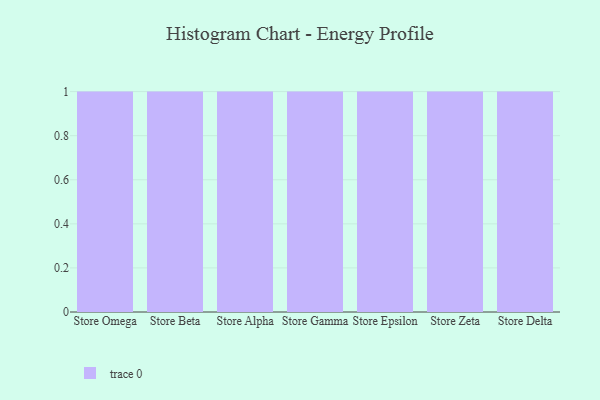
{"axis": {"x": "Store", "y": "Tickets Resolved"}, "legend": [""], "data": [{"x": "Store Omega", "y": 18, "type": ""}, {"x": "Store Beta", "y": 75, "type": ""}, {"x": "Store Alpha", "y": 29, "type": ""}, {"x": "Store Gamma", "y": 49, "type": ""}, {"x": "Store Epsilon", "y": 74, "type": ""}, {"x": "Store Zeta", "y": 31, "type": ""}, {"x": "Store Delta", "y": 64, "type": ""}]}